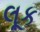
લૂક